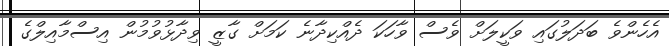
އެހެންވެ ބަދަލުގައި ވަކީލަށް ވެސް ވާހަކަ ދެއްކިދާނެ ކަމަށް ގާޒީ ވިދާޅުވުމުން އިސްމާއިލްގެ